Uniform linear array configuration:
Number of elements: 64
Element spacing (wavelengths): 0.75
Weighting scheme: uniform
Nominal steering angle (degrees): -45
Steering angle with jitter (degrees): -45.309
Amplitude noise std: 0.05
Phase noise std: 0.05

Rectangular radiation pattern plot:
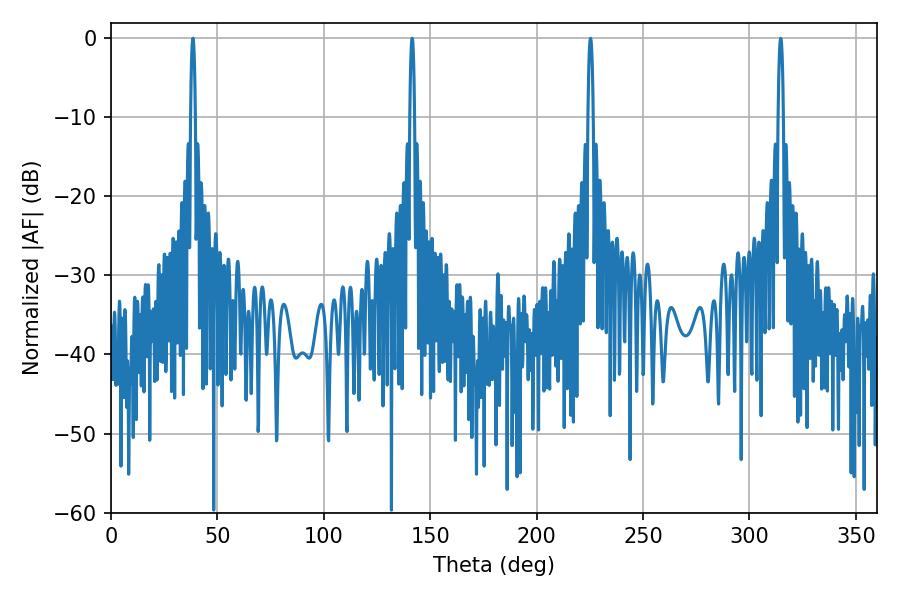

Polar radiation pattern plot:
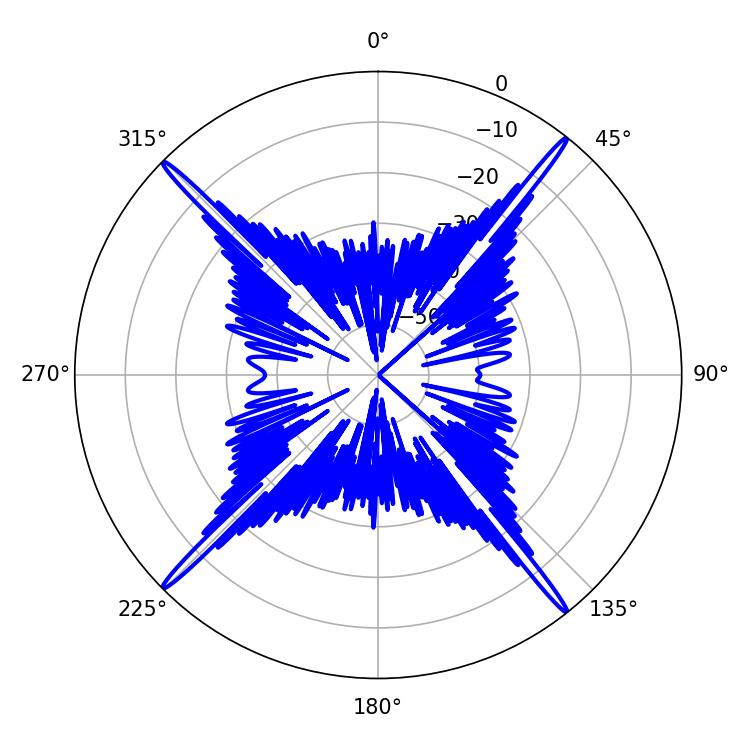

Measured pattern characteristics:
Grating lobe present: TRUE
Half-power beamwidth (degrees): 1.08
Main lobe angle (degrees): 38.52